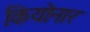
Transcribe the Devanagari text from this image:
कियोनार